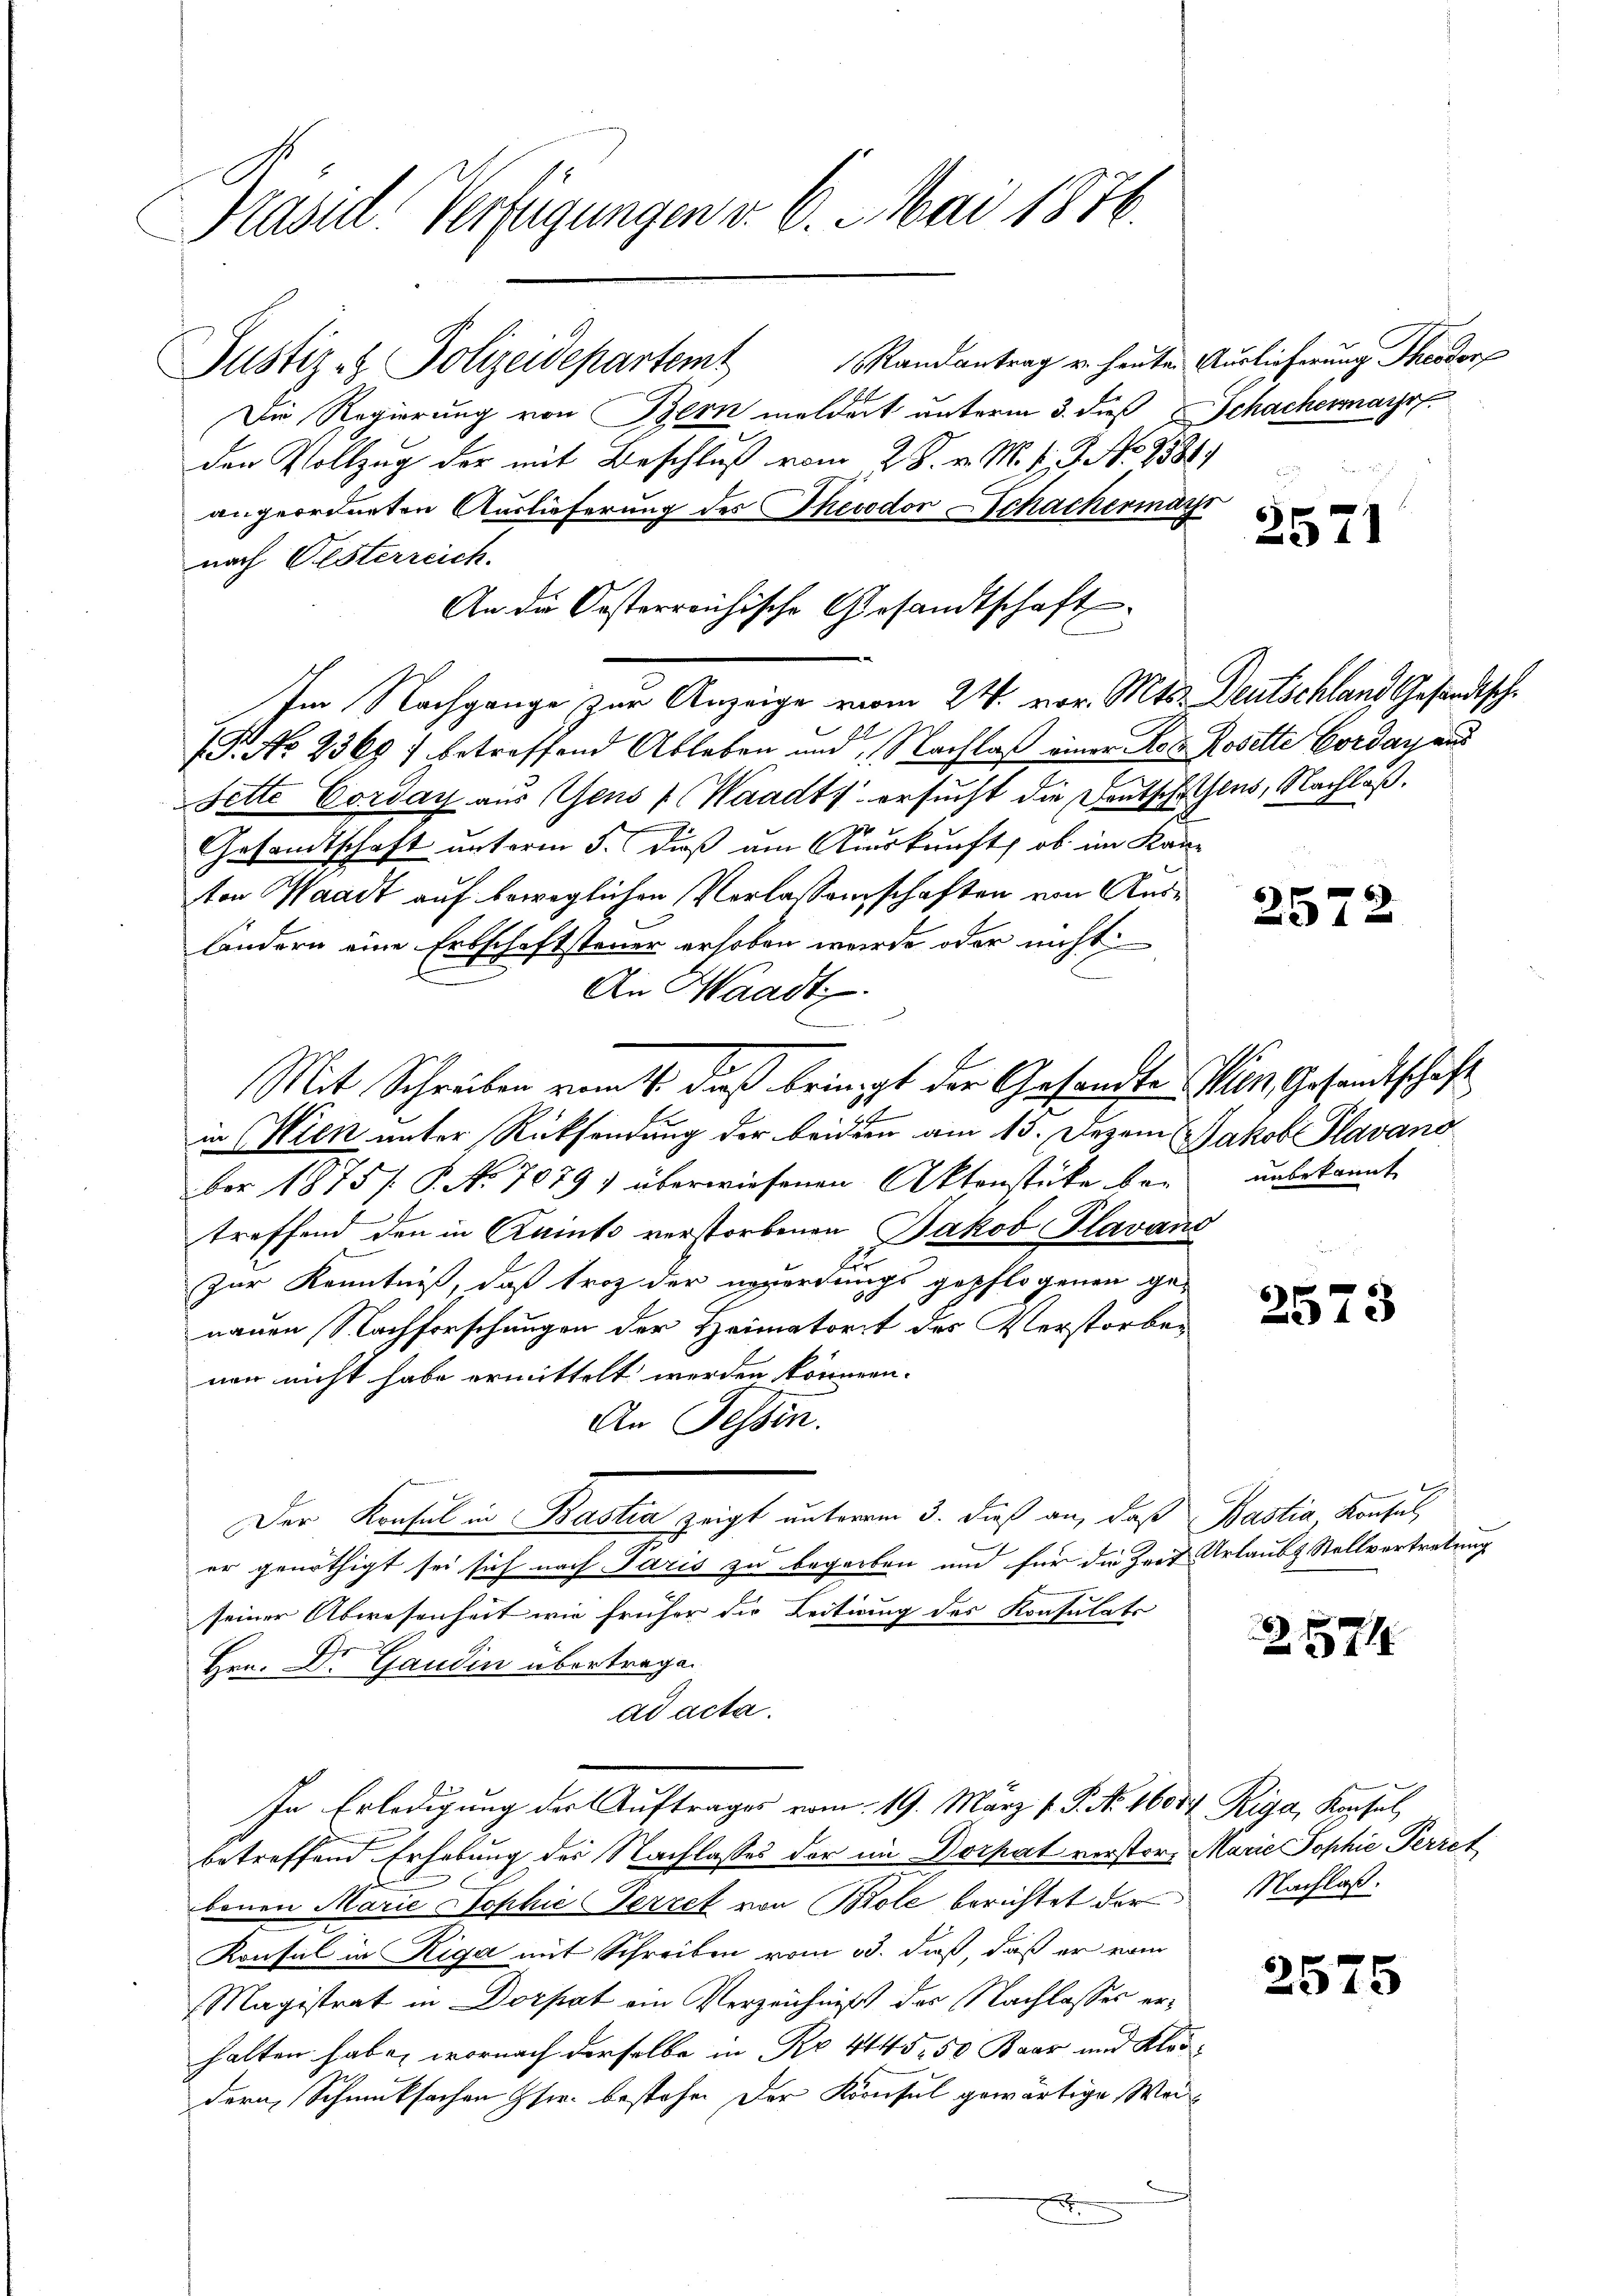
Präsid. Verfügungen v. 6. Mai 1876.

Justiz- & Polizeidepartemt Randantrag u. heute Auslieferung Theodor
Die Regierung von Bern meldert unterm 3. dieß Schachermayr
den Vollzug der mit Beschluß vom 28. v. M. v. J. No 8584.
angeordneten Auslieferung des Theodor Schachermach
nach Oesterreich.
Im Nachgange zur Anzeige vom 24. vor. Mts. Deutschland Gesandtsch¬
G. No 236) betreffend Ableben und Nachlaß einer Rob. Rosette Corday and
Sette Corday aus Gens 1 (Waadt, ersucht die Deutschehens, Nachlaß¬
Gesandtschaft unterm 5. Fuß um Auskunft, ob im Kanton Waadt auf beweglichen Verlassenschaften von Auslandern eine Erbschaftsteuer erhoben wurde oder nicht
An Waadt.
11
in Wien unter Rücksendung der beidern am 13. Dezem Jakob Plavano
ber 1875 /. P. No. 7079) überwiesenen Aktenstücke bei unbekannt
treffend den in Kanto verstorbenen Jakob Plavano
Zur Kenntniß, daß troz der unperdungs gepflogenen ge-
nauen Nachforschungen der Heimatorit des Verstorben
ner nicht habe ermittelt werden können.
An Fessen.
Der Konsul in Baslin zeigt unterm 3. dieß an, daß Bastia Konsul,
er genöthigt sei sich nach Paris zu begarben und für die Zeit Urlaubt Stellvertretung
seiner Abwesenheit wie früher die Leitung des Konsulats
Hrn. Dr Gandin übertrage.
ad acta.
In Erledigung der Auftrages vom 19. März v. P. No. 16087 Riga, Konsul
betreffend Erhebung der Nachlasses der im Dorpat verstors Marie Sophie Perret
benen Marie Sophie Perret von Bole berichtet der Nachlaß
Konsul in Riga mit Schreiben vom 13. dieß, daß er vom
Magistrat in Dorpat ein Verzeichniß des Nachlasses erhalten habe, wornach derselbe in Nr. 4145. 50 Baar und Kleidern Schmucksachen sie bestehen der Kornsul gewärtige Wei
E

An die Oesterreichische Gesandtschaft

Mit Schreiben vom 4. daß bringt der Gesandte Min. Gesandtschaft

257

25

2573

2171

2575